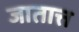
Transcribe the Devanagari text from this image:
जातात्त